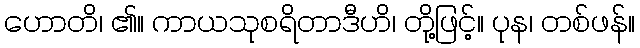
ဟောတိ၊ ၏။ ကာယသုစရိတာဒီဟိ၊ တို့ဖြင့်။ ပုန၊ တစ်ဖန်။